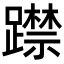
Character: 𨆃